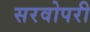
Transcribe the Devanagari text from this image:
सरवोपरी